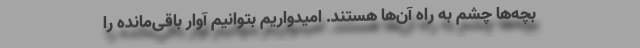
بچه‌ها چشم به راه آن‌ها هستند. امیدواریم بتوانیم آوار باقی‌مانده را